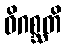
ဝိဂစ္ဆတိ